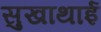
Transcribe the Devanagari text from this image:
सुखाथाई